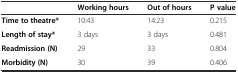
<table><thead><tr><td></td><td><b>Working hours</b></td><td><b>Out of hours</b></td><td><b>P value</b></td></tr></thead><tbody><tr><td><b>Time to theatre*</b></td><td>10:43</td><td>14:23</td><td>0.215</td></tr><tr><td><b>Length of stay*</b></td><td>3 days</td><td>3 days</td><td>0.481</td></tr><tr><td><b>Readmission (N)</b></td><td>29</td><td>33</td><td>0.804</td></tr><tr><td><b>Morbidity (N)</b></td><td>30</td><td>39</td><td>0.406</td></tr></tbody></table>